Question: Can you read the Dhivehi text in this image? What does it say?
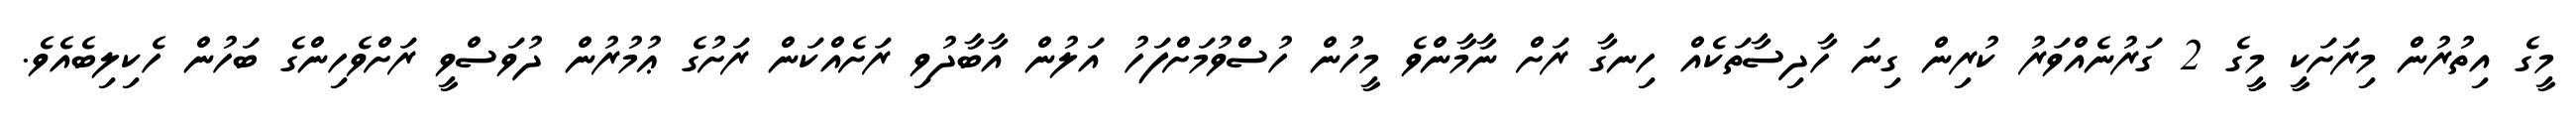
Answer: މީގެ އިތުރުން މިރަށަކީ މީގެ 2 ގަރުނެއްވަރު ކުރިން ގިނަ ހާދިސާތަކެއް ހިނގާ ރަށް ނާމާންވެ މީހުން ހުސްވުމަށްފަހު އަލުން އާބާދުވި ރަށެއްކަން ރަށުގެ ޢުމުރުން ދުވަސްވީ ރަށްވެހިންގެ ބަހުން ހެކިލިބެއެވެ.